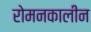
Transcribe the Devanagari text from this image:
रोमनकालीन